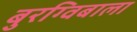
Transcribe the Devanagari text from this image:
बुरग्विबाला